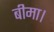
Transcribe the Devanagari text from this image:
बीमा।